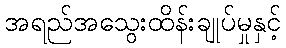
အရည်အသွေးထိန်းချုပ်မှုနှင့်